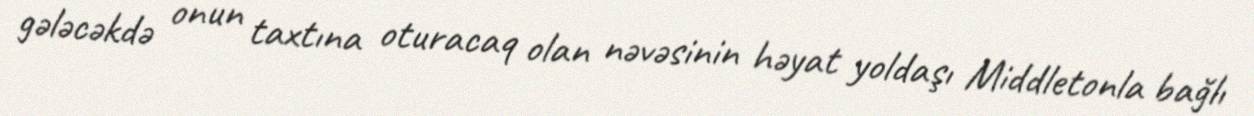
gələcəkdə onun taxtına oturacaq olan nəvəsinin həyat yoldaşı Middletonla bağlı